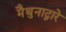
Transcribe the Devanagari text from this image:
मैथुनाद्वारे